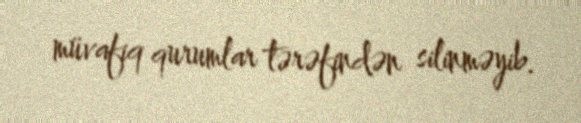
müvafiq qurumlar tərəfindən silinməyib.